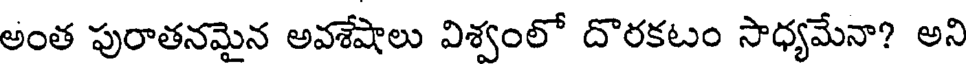
అంత పురాతనమైన అవశేషాలు విశ్వంలో దొరకటం సాధ్యమేనా? అని